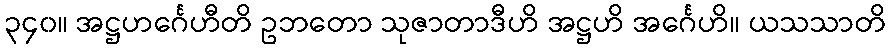
၃၄၀။ အဋ္ဌဟင်္ဂေဟီတိ ဥဘတော သုဇာတာဒီဟိ အဋ္ဌဟိ အင်္ဂေဟိ။ ယသသာတိ